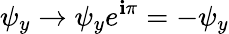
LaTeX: \psi_{y}\rightarrow\psi_{y}e^{\mathbf{i}\pi}=-\psi_{y}